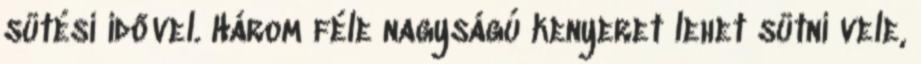
sütési idővel. Három féle nagyságú kenyeret lehet sütni vele,